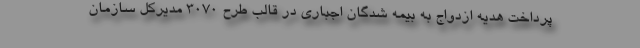
پرداخت هدیه ازدواج به بیمه شدگان اجباری در قالب طرح ۳۰۷۰ مدیرکل سازمان